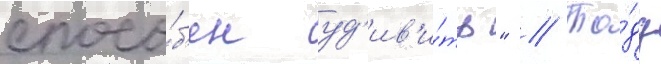
спосо́б'ен уд'ив'и́ть" // То́дд